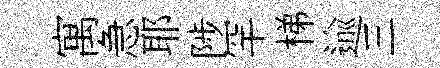
寓急耶陟罕梯逾三